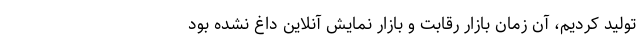
تولید کردیم، آن زمان بازار رقابت و بازار نمایش آنلاین داغ نشده بود